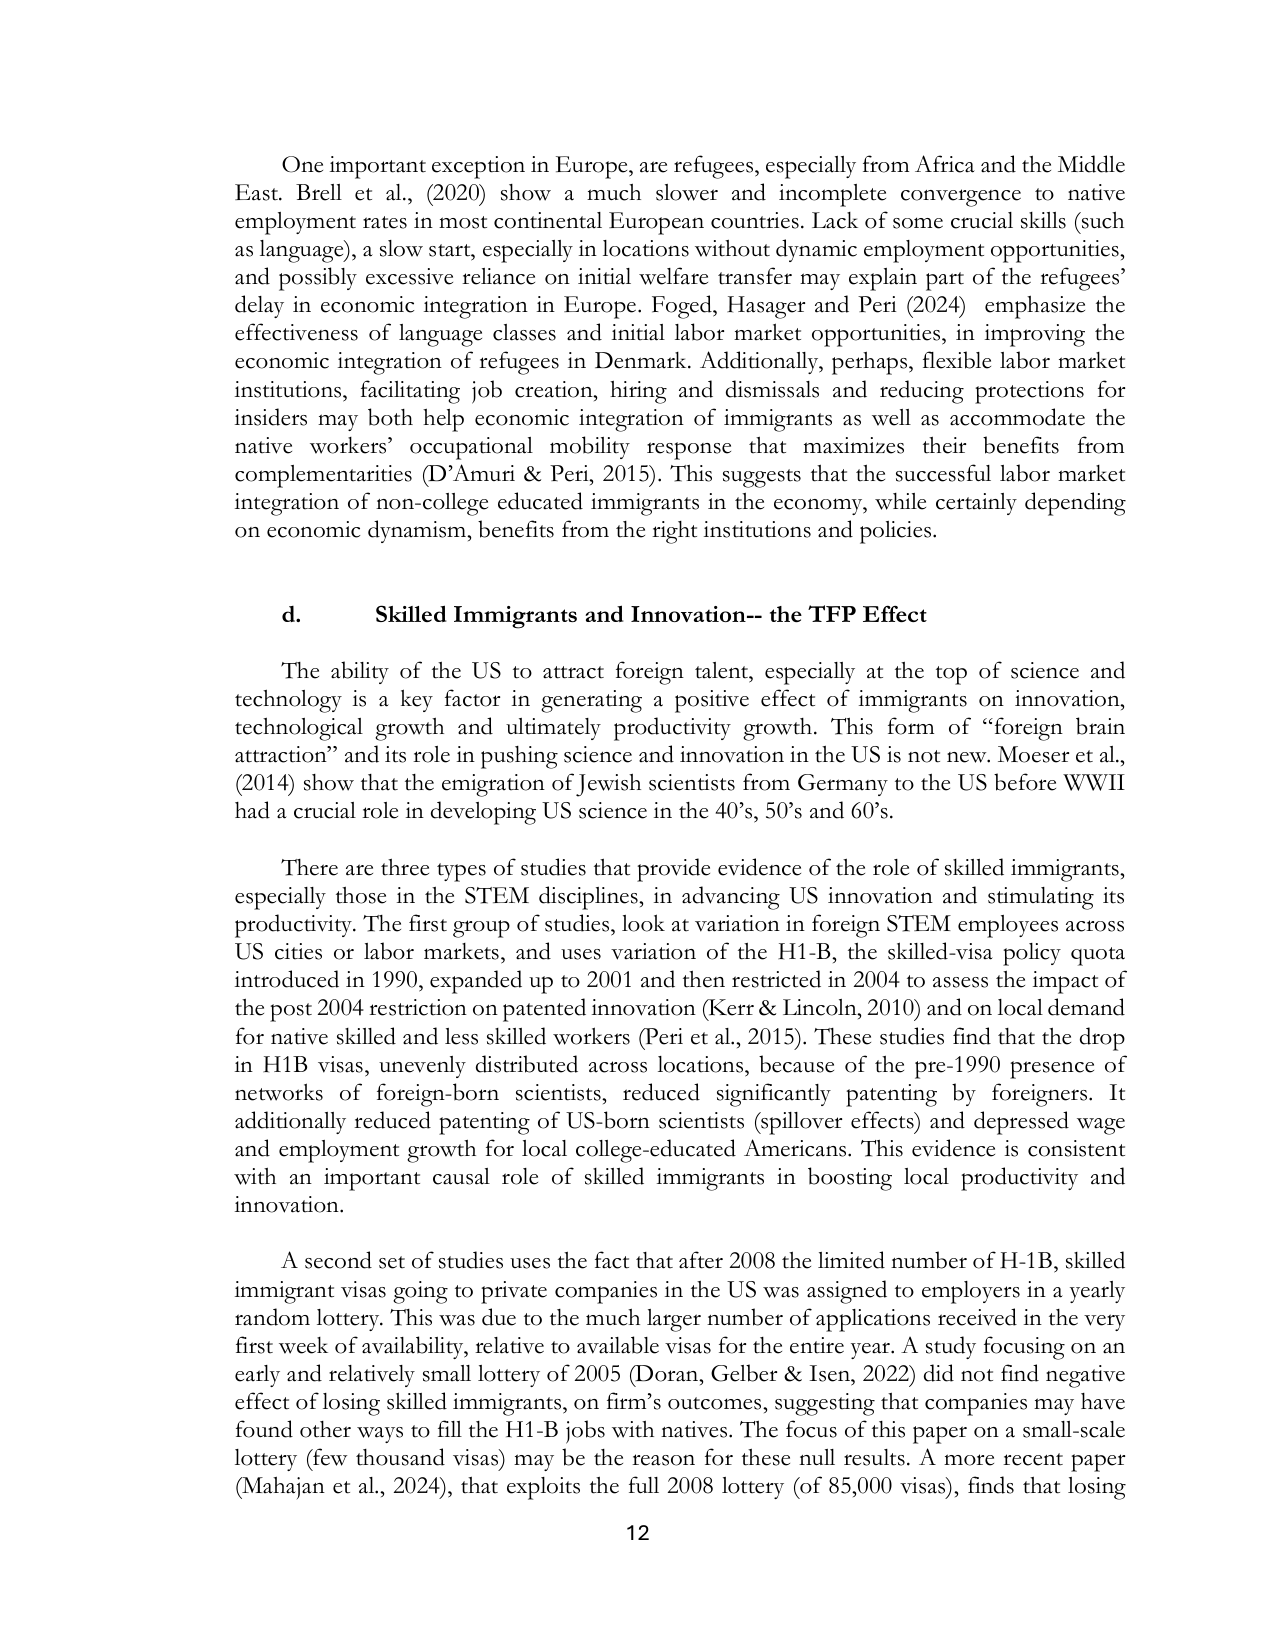
One important exception in Europe, are refugees, especially from Africa and the Middle East. Brell et al., (2020) show a much slower and incomplete convergence to native employment rates in most continental European countries. Lack of some crucial skills (such as language), a slow start, especially in locations without dynamic employment opportunities, and possibly excessive reliance on initial welfare transfer may explain part of the refugees’ delay in economic integration in Europe. Foged, Hasager and Peri (2024) emphasize the effectiveness of language classes and initial labor market opportunities, in improving the economic integration of refugees in Denmark. Additionally, perhaps, flexible labor market institutions, facilitating job creation, hiring and dismissals and reducing protections for insiders may both help economic integration of immigrants as well as accommodate the native workers’ occupational mobility response that maximizes their benefits from complementarities (D’Amuri & Peri, 2015). This suggests that the successful labor market integration of non-college educated immigrants in the economy, while certainly depending on economic dynamism, benefits from the right institutions and policies.

d. Skilled Immigrants and Innovation-- the TFP Effect

The ability of the US to attract foreign talent, especially at the top of science and technology is a key factor in generating a positive effect of immigrants on innovation, technological growth and ultimately productivity growth. This form of “foreign brain attraction” and its role in pushing science and innovation in the US is not new. Moeser et al., (2014) show that the emigration of Jewish scientists from Germany to the US before WWII had a crucial role in developing US science in the 40’s, 50’s and 60’s.

There are three types of studies that provide evidence of the role of skilled immigrants, especially those in the STEM disciplines, in advancing US innovation and stimulating its productivity. The first group of studies, look at variation in foreign STEM employees across US cities or labor markets, and uses variation of the H1-B, the skilled-visa policy quota introduced in 1990, expanded up to 2001 and then restricted in 2004 to assess the impact of the post 2004 restriction on patented innovation (Kerr & Lincoln, 2010) and on local demand for native skilled and less skilled workers (Peri et al., 2015). These studies find that the drop in H1B visas, unevenly distributed across locations, because of the pre-1990 presence of networks of foreign-born scientists, reduced significantly patenting by foreigners. It additionally reduced patenting of US-born scientists (spillover effects) and depressed wage and employment growth for local college-educated Americans. This evidence is consistent with an important causal role of skilled immigrants in boosting local productivity and innovation.

A second set of studies uses the fact that after 2008 the limited number of H-1B, skilled immigrant visas going to private companies in the US was assigned to employers in a yearly random lottery. This was due to the much larger number of applications received in the very first week of availability, relative to available visas for the entire year. A study focusing on an early and relatively small lottery of 2005 (Doran, Gelber & Isen, 2022) did not find negative effect of losing skilled immigrants, on firm’s outcomes, suggesting that companies may have found other ways to fill the H1-B jobs with natives. The focus of this paper on a small-scale lottery (few thousand visas) may be the reason for these null results. A more recent paper (Mahajan et al., 2024), that exploits the full 2008 lottery (of 85,000 visas), finds that losing

12